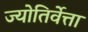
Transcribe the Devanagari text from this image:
ज्योतिर्वेत्ता